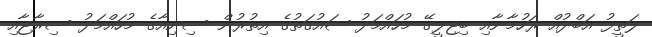
ލަތީފު އަބްދުއް ރަހުމާނާއި ބިޖިލީގޭ މުހައްމަދު ޝައުގަތުގެ އިތުރުން ސިނިއާގެ މުހައްމަދު ސިރާޖާއި